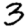
Digit: 3